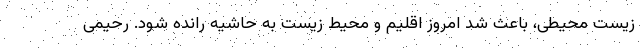
زیست محیطی، باعث شد امروز اقلیم و محیط زیست به حاشیه رانده شود. رحیمی